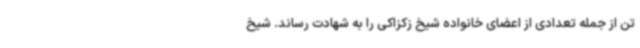
تن از جمله تعدادی از اعضای خانواده شیخ زکزاکی را به شهادت رساند. شیخ